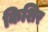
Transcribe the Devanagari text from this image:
किशिर